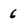
Character: 6